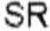
SR